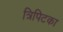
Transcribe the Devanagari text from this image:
त्रिपिटका